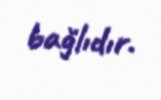
bağlıdır.